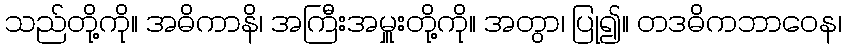
သည်တို့ကို။ အဓိကာနိ၊ အကြီးအမှူးတို့ကို။ အတွာ၊ ပြု၍။ တဒဓိကဘာဝေန၊